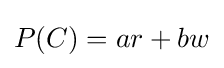
P(C)=ar+bw